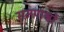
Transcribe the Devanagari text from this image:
समपार्श्वो